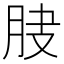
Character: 𦚀